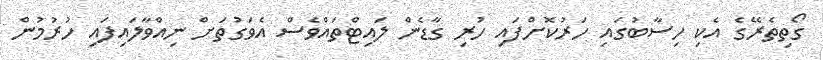
ގޯތިތެރޭގެ އެކި ހިސާބުގައި ހަރުކޮށްފައި ހުރި ގާޑެން ލައިޓްތައްވެސް އެވަގުތަށް ނިއްވާލައިފައި ހުރުމުން